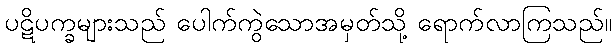
ပဋိပက္ခများသည် ပေါက်ကွဲသောအမှတ်သို့ ရောက်လာကြသည်။